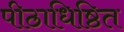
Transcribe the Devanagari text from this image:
पीठाधिष्ठित